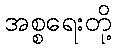
အစ္စရေးတို့